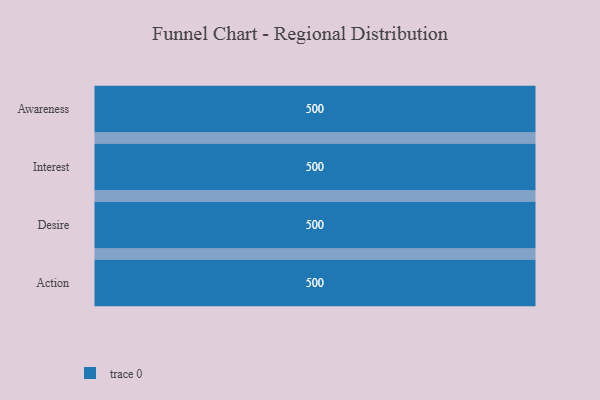
{"axis": {"x": "Stage", "y": "Value"}, "legend": [""], "data": [{"x": "Awareness", "y": 500, "type": ""}, {"x": "Interest", "y": 500, "type": ""}, {"x": "Desire", "y": 500, "type": ""}, {"x": "Action", "y": 500, "type": ""}]}